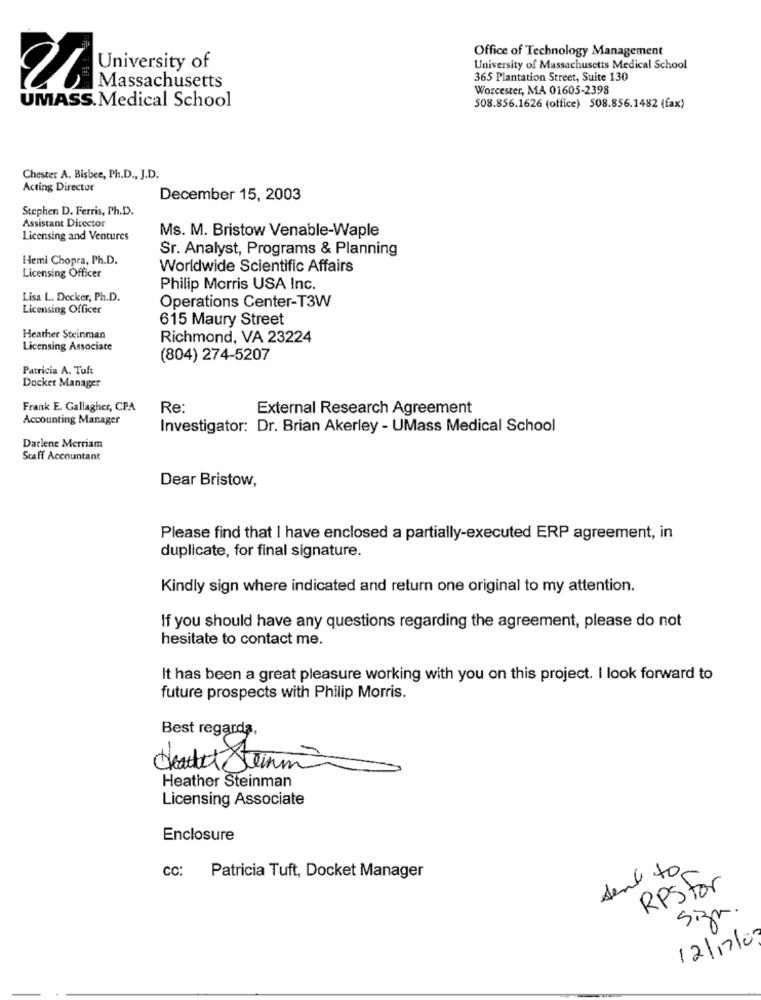
Office of Technology Management
University of
University of Massachusetts Medical School
365 Plantation Street, Suite 130
Massachusetts
Worcester, MA 01605-2398
UMASS. Medical School
508.856.1626 (office) 508.856.1482 (fax)
Chester A. Bisbee, Ph.D ., J.D.
Acting Director
December 15, 2003
Stephen D. Ferris, Ph.D.
Assistant Director
Licensing and Ventures
Ms. M. Bristow Venable-Waple
Sr. Analyst, Programs & Planning
Hemi Chopra, Ph.D.
Licensing Officer
Worldwide Scientific Affairs
Philip Morris USA Inc.
Lisa L. Decker, Ph.D.
Licensing Officer
Operations Center-T3W
615 Maury Street
Heather Steinman
Richmond, VA 23224
Licensing Associate
(804) 274-5207
Patricia A. Tult
Docket Manager
Frank E. Gallagher, CPA
Re:
External Research Agreement
Accounting Manager
Investigator: Dr. Brian Akerley - UMass Medical School
Darlene Merriam
Staff Accountant
Dear Bristow,
Please find that I have enclosed a partially-executed ERP agreement, in
duplicate, for final signature.
Kindly sign where indicated and return one original to my attention.
If you should have any questions regarding the agreement, please do not
hesitate to contact me.
It has been a great pleasure working with you on this project. I look forward to
future prospects with Philip Morris.
Best regards,
Stemme
Heather Steinman
Licensing Associate
Enclosure
sent to
cc:
Patricia Tuft, Docket Manager
RPStor
Sign
12/17/0